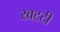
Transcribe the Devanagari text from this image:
खटटी